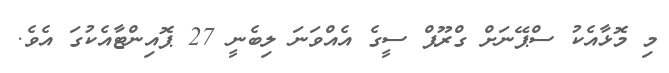
މި މޮޅާއެކު ސްޕޭނަށް ގްރޫޕް ސީގެ އެއްވަނަ ލިބެނީ 27 ޕޮއިންޓާއެކުގަ އެވެ.